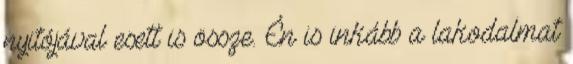
nyitójával esett is össze. Én is inkább a lakodalmat